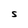
Character: S